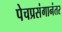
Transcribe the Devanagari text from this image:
पेचप्रसंगानंतर